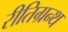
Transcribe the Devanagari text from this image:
रीतिग्रन्थ